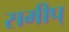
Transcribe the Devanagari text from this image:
समीप्